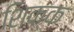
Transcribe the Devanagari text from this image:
शिक्क